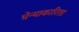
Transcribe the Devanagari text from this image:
घेन्याकारिता